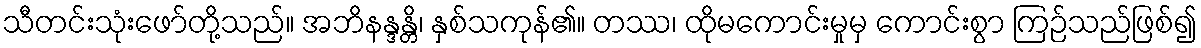
သီတင်းသုံးဖော်တို့သည်။ အဘိနန္ဒန္တိ၊ နှစ်သကုန်၏။ တဿ၊ ထိုမကောင်းမှုမှ ကောင်းစွာ ကြဉ်သည်ဖြစ်၍